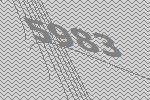
5983